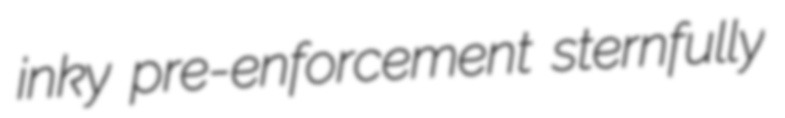
inky pre-enforcement sternfully